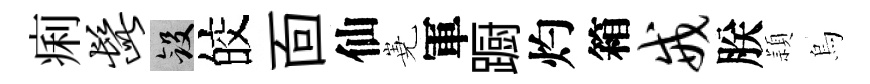
痢髭斂皎靣仙嶤軍蹰灼箱戒朕頴烏